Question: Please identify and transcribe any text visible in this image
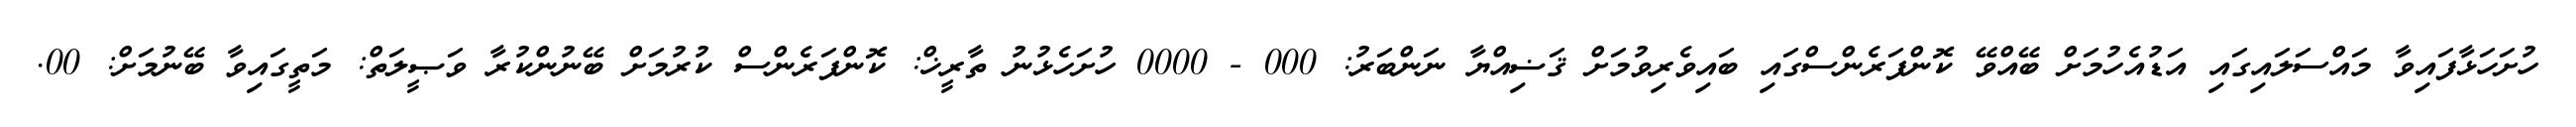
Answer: ހުށަހަޅާފައިވާ މައްސަލައިގައި އަޑުއެހުމަށް ބޭއްވޭ ކޮންފަރެންސްގައި ބައިވެރިވުމަށް ޤަޟިއްޔާ ނަންބަރު: 000 - 0000 ހުށަހެޅުނު ތާރީޚް: ކޮންފަރެންސް ކުރުމަށް ބޭނުންކުރާ ވަޞީލަތް: މަތީގައިވާ ބޭނުމަށް: 00.